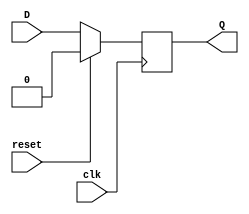
module neg_edge_dff (
    input wire clk,
    input wire reset,
    input wire D,
    output reg Q
);

// D flip-flop behavior
always @(negedge clk)
begin
    if (reset)
        Q <= 1'b0;
    else
        Q <= D;
end

endmodule